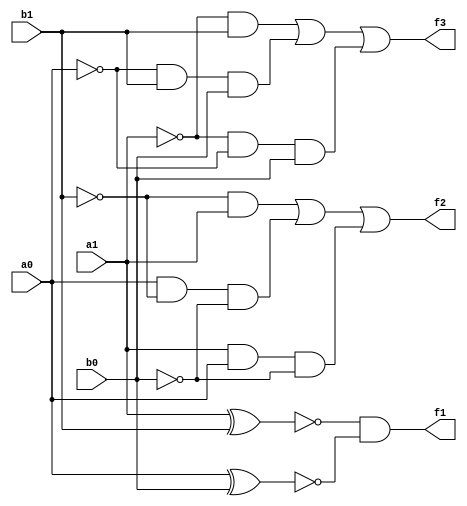
module comparator(
    input a1,
    input a0,
    input b1,
    input b0,
    output f1,
    output f2,
    output f3
    );
    assign f1=~(a1^b1)&~(a0^b0);
    assign f2=(~b1&a1)|(a0&~b1&~b0)|(a1&a0&~b0);
    assign f3=(~a1&b1)|(~a0&b1&b0)|(~a1&~a0&b0);
endmodule